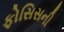
ફોસિસની